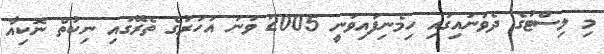
މި ލިސްޓުގެ ދެވަނައިގައި ހިމެނިފައިވަނީ 2005 ވަނަ އަހަރުގެ ތެރޭގައި ނިކުތް ނޮކިއާ